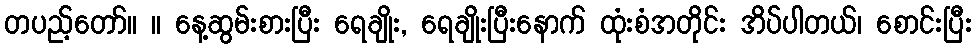
တပည့်တော်။ ။ နေ့ဆွမ်းစားပြီး ရေချိုး, ရေချိုးပြီးနောက် ထုံးစံအတိုင်း အိပ်ပါတယ်၊ စောင်းပြီး